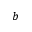
b